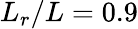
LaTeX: L_{r}/L=0.9